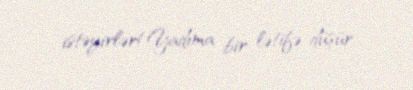
istəyirlər!Yadıma bir lətifə düşür.